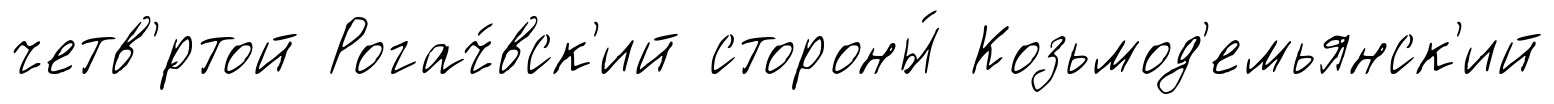
четв'́ртой Рогач́вск'ий стороны́ Козьмод'емьянск'ий